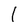
Character: 1